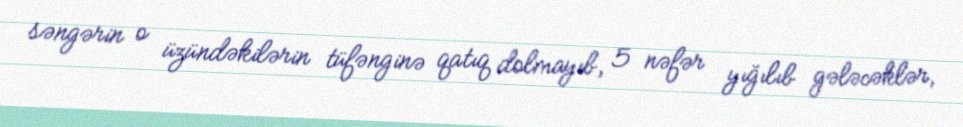
səngərin o üzündəkilərin tüfənginə qatıq dolmayıb, 5 nəfər yığılıb gələcəklər,